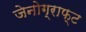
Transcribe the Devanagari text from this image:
जेनोग्राफ्ट